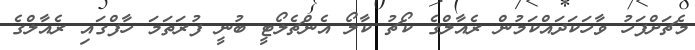
މެޗަށްފަހު ވާހަކަދައްކަމުން ރެއާލްގެ ކޯޗު ކާލޯ އެންޗެލޯޓީ ބުނީ ފުރަތަމަ ހާފްގައި ރެއާލްގެ